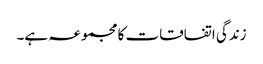
زندگی اتفاقات کا مجموعہ ہے۔